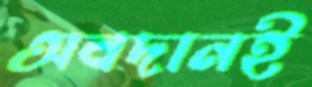
অবদানই